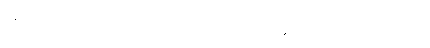
မနက် ၇ နာရီလောက်က မိုင်းခွဲခံရလို့ စက်ခေါင်း ချောင်းထဲပြုတ်ကျသွားတယ်။